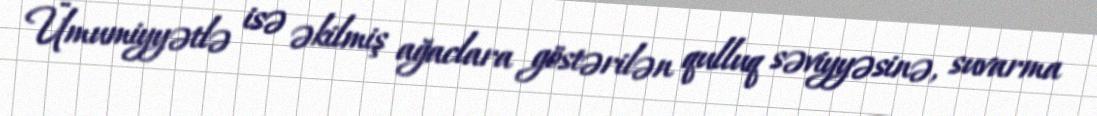
Ümumiyyətlə isə əkilmiş ağaclara göstərilən qulluq səviyyəsinə, suvarma